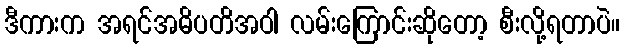
ဒီကားက အရင်အဓိပတိအဝါ လမ်းကြောင်းဆိုတော့ စီးလို့ရတာပဲ။